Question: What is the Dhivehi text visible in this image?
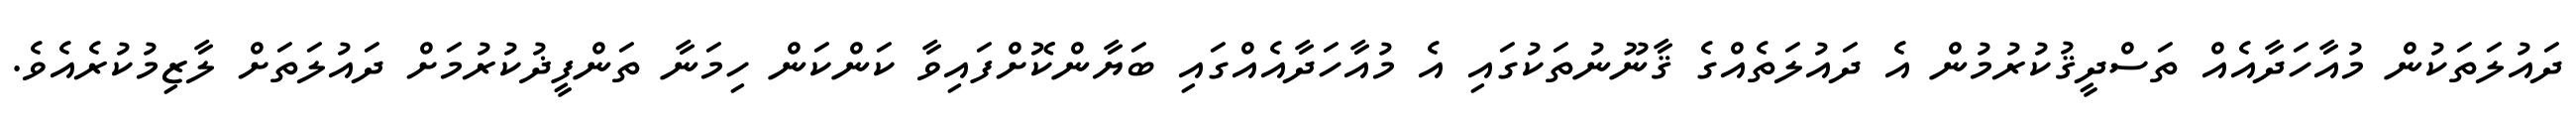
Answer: ދައުލަތަކުން މުއާހަދާއެއް ތަސްދީޤުކުރުމުން އެ ދައުލަތެއްގެ ޤާނޫނުތަކުގައި އެ މުއާހަދާއެއްގައި ބަޔާންކޮށްފައިވާ ކަންކަން ހިމަނާ ތަންފީޛުކުރުމަށް ދައުލަތަށް ލާޒިމުކުރެއެވެ.